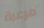
مرعبة